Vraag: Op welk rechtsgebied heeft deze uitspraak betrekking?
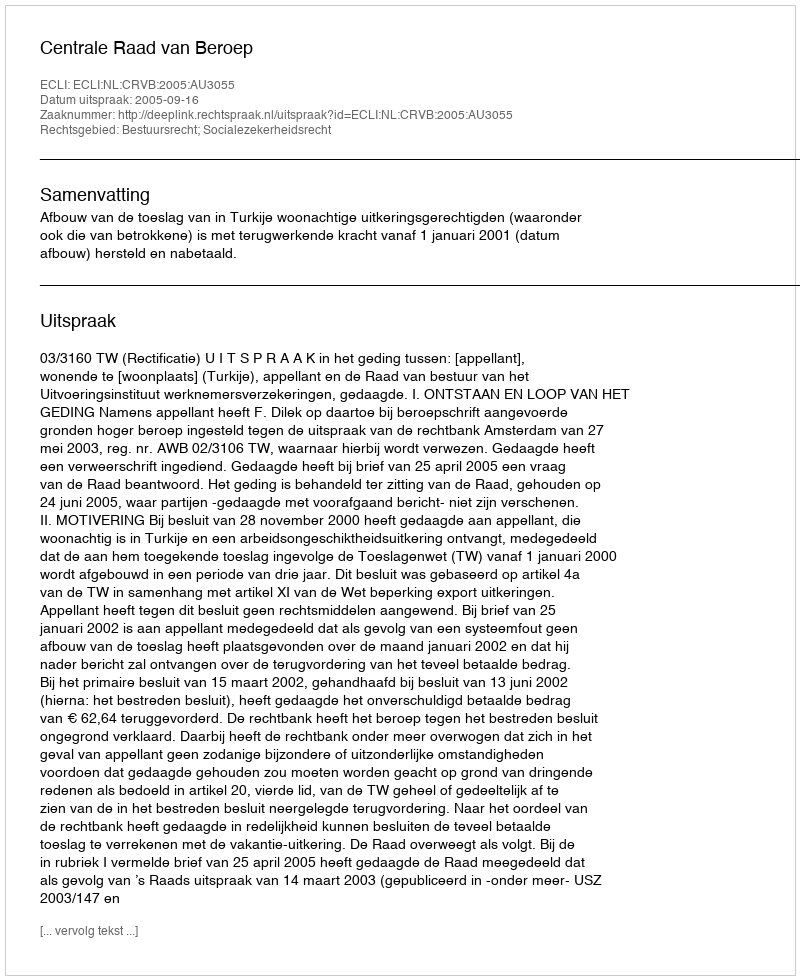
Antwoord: Bestuursrecht; Socialezekerheidsrecht